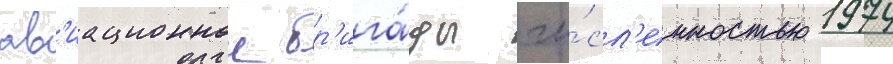
ав'иационнои бр'ига́ды чи́сл'енностью 1974